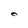
Character: O